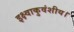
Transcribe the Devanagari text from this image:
इक्ष्वाकुवंशीय।